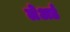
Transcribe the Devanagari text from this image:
लेअर्ड